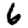
Digit: 6